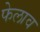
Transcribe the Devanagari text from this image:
फेलाव